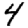
Digit: 4